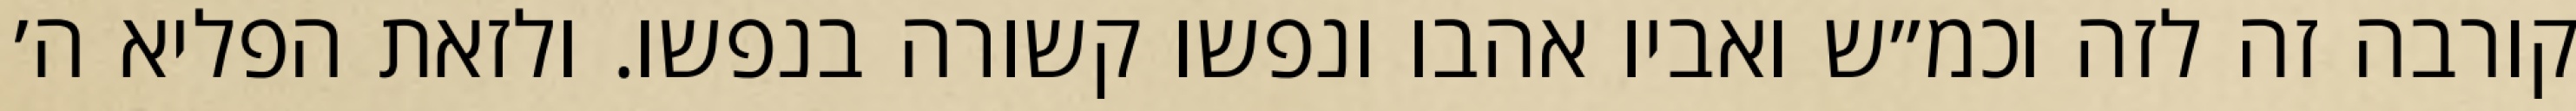
קורבה זה לזה וכמ״ש ואביו אהבו ונפשו קשורה בנפשו. ולזאת הפליא ה׳